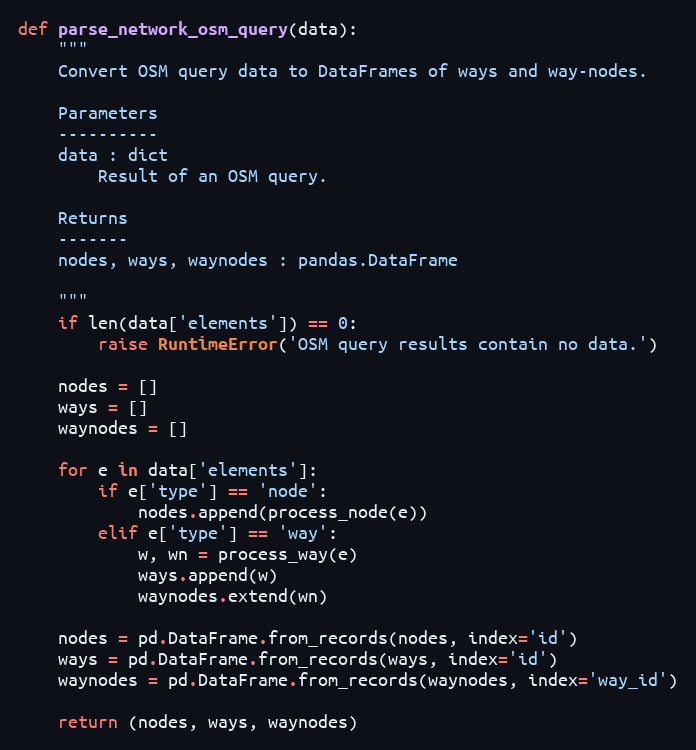
Language: Python
def parse_network_osm_query(data):
    """
    Convert OSM query data to DataFrames of ways and way-nodes.

    Parameters
    ----------
    data : dict
        Result of an OSM query.

    Returns
    -------
    nodes, ways, waynodes : pandas.DataFrame

    """
    if len(data['elements']) == 0:
        raise RuntimeError('OSM query results contain no data.')

    nodes = []
    ways = []
    waynodes = []

    for e in data['elements']:
        if e['type'] == 'node':
            nodes.append(process_node(e))
        elif e['type'] == 'way':
            w, wn = process_way(e)
            ways.append(w)
            waynodes.extend(wn)

    nodes = pd.DataFrame.from_records(nodes, index='id')
    ways = pd.DataFrame.from_records(ways, index='id')
    waynodes = pd.DataFrame.from_records(waynodes, index='way_id')

    return (nodes, ways, waynodes)